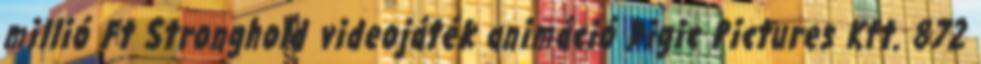
millió Ft Stronghold videojáték animáció Digic Pictures Kft. 872